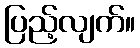
ပြည့်လျက်။